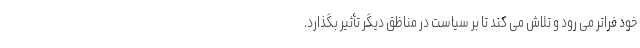
خود فراتر می رود و تلاش می کند تا بر سیاست در مناظق دیگر تأثیر بگذارد.